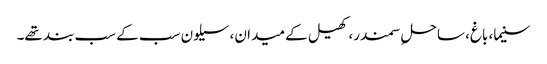
سنیما، باغ، ساحلِ سمندر، کھیل کے میدان، سیلون سب کے سب بند تھے۔